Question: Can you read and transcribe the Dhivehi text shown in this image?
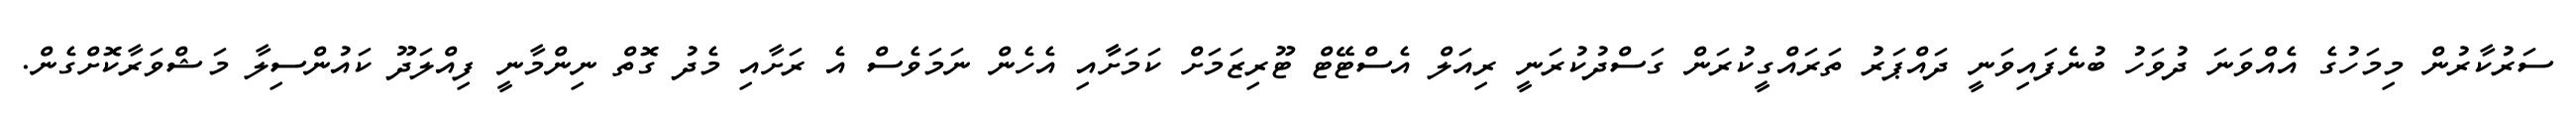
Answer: ސަރުކާރުން މިމަހުގެ އެއްވަނަ ދުވަހު ބުނެފައިވަނީ ދައްޕަރު ތަރައްގީކުރަން ގަސްދުކުރަނީ ރިއަލް އެސްޓޭޓް ޓޫރިޒަމަށް ކަމަށާާއި އެހެން ނަމަވެސް އެ ރަށާއި މެދު ގޮތް ނިންމާނީ ފިއްލަދޫ ކައުންސިލާ މަޝްވަރާކޮށްގެން.